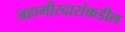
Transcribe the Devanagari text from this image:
जहागीरदारांकडील